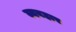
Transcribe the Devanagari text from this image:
ब्यबहार